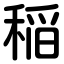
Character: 稲